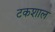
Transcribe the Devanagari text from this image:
टकशाल